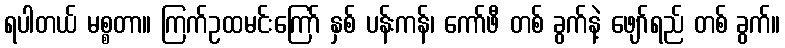
ရပါတယ် မစ္စတာ။ ကြက်ဥထမင်းကြော် နှစ် ပန်းကန်၊ ကော်ဖီ တစ် ခွက်နဲ့ ဖျော်ရည် တစ် ခွက်။